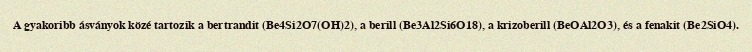
A gyakoribb ásványok közé tartozik a bertrandit (Be4Si2O7(OH)2), a berill (Be3Al2Si6O18), a krizoberill (BeOAl2O3), és a fenakit (Be2SiO4).